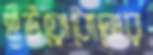
ইউয়োধোনোর